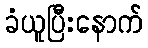
ခံယူပြီးနောက်